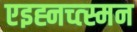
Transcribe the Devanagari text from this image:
एइह्नच्त्स्मन